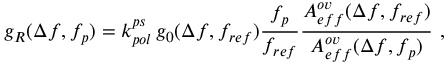
g _ { R } ( \Delta f , f _ { p } ) = k _ { p o l } ^ { p s } \, g _ { 0 } ( \Delta f , f _ { r e f } ) \frac { f _ { p } } { f _ { r e f } } \frac { A _ { e f f } ^ { o v } ( \Delta f , f _ { r e f } ) } { A _ { e f f } ^ { o v } ( \Delta f , f _ { p } ) } \, \, ,